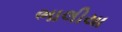
ભાલીયા